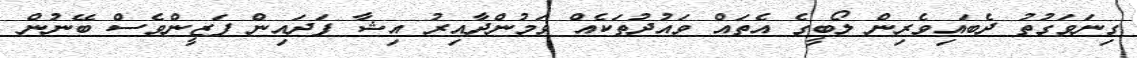
ގިނަވަގުތު ދެބައިވެރިން ލޯބީގެ އެތައް ވައުދުތަކެއް ވަމުންދާއިރު އިޝާ ފަދައިން ފަޒީންވެސް ބޭނުން